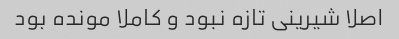
اصلا شیرینی تازه نبود و کاملا مونده بود